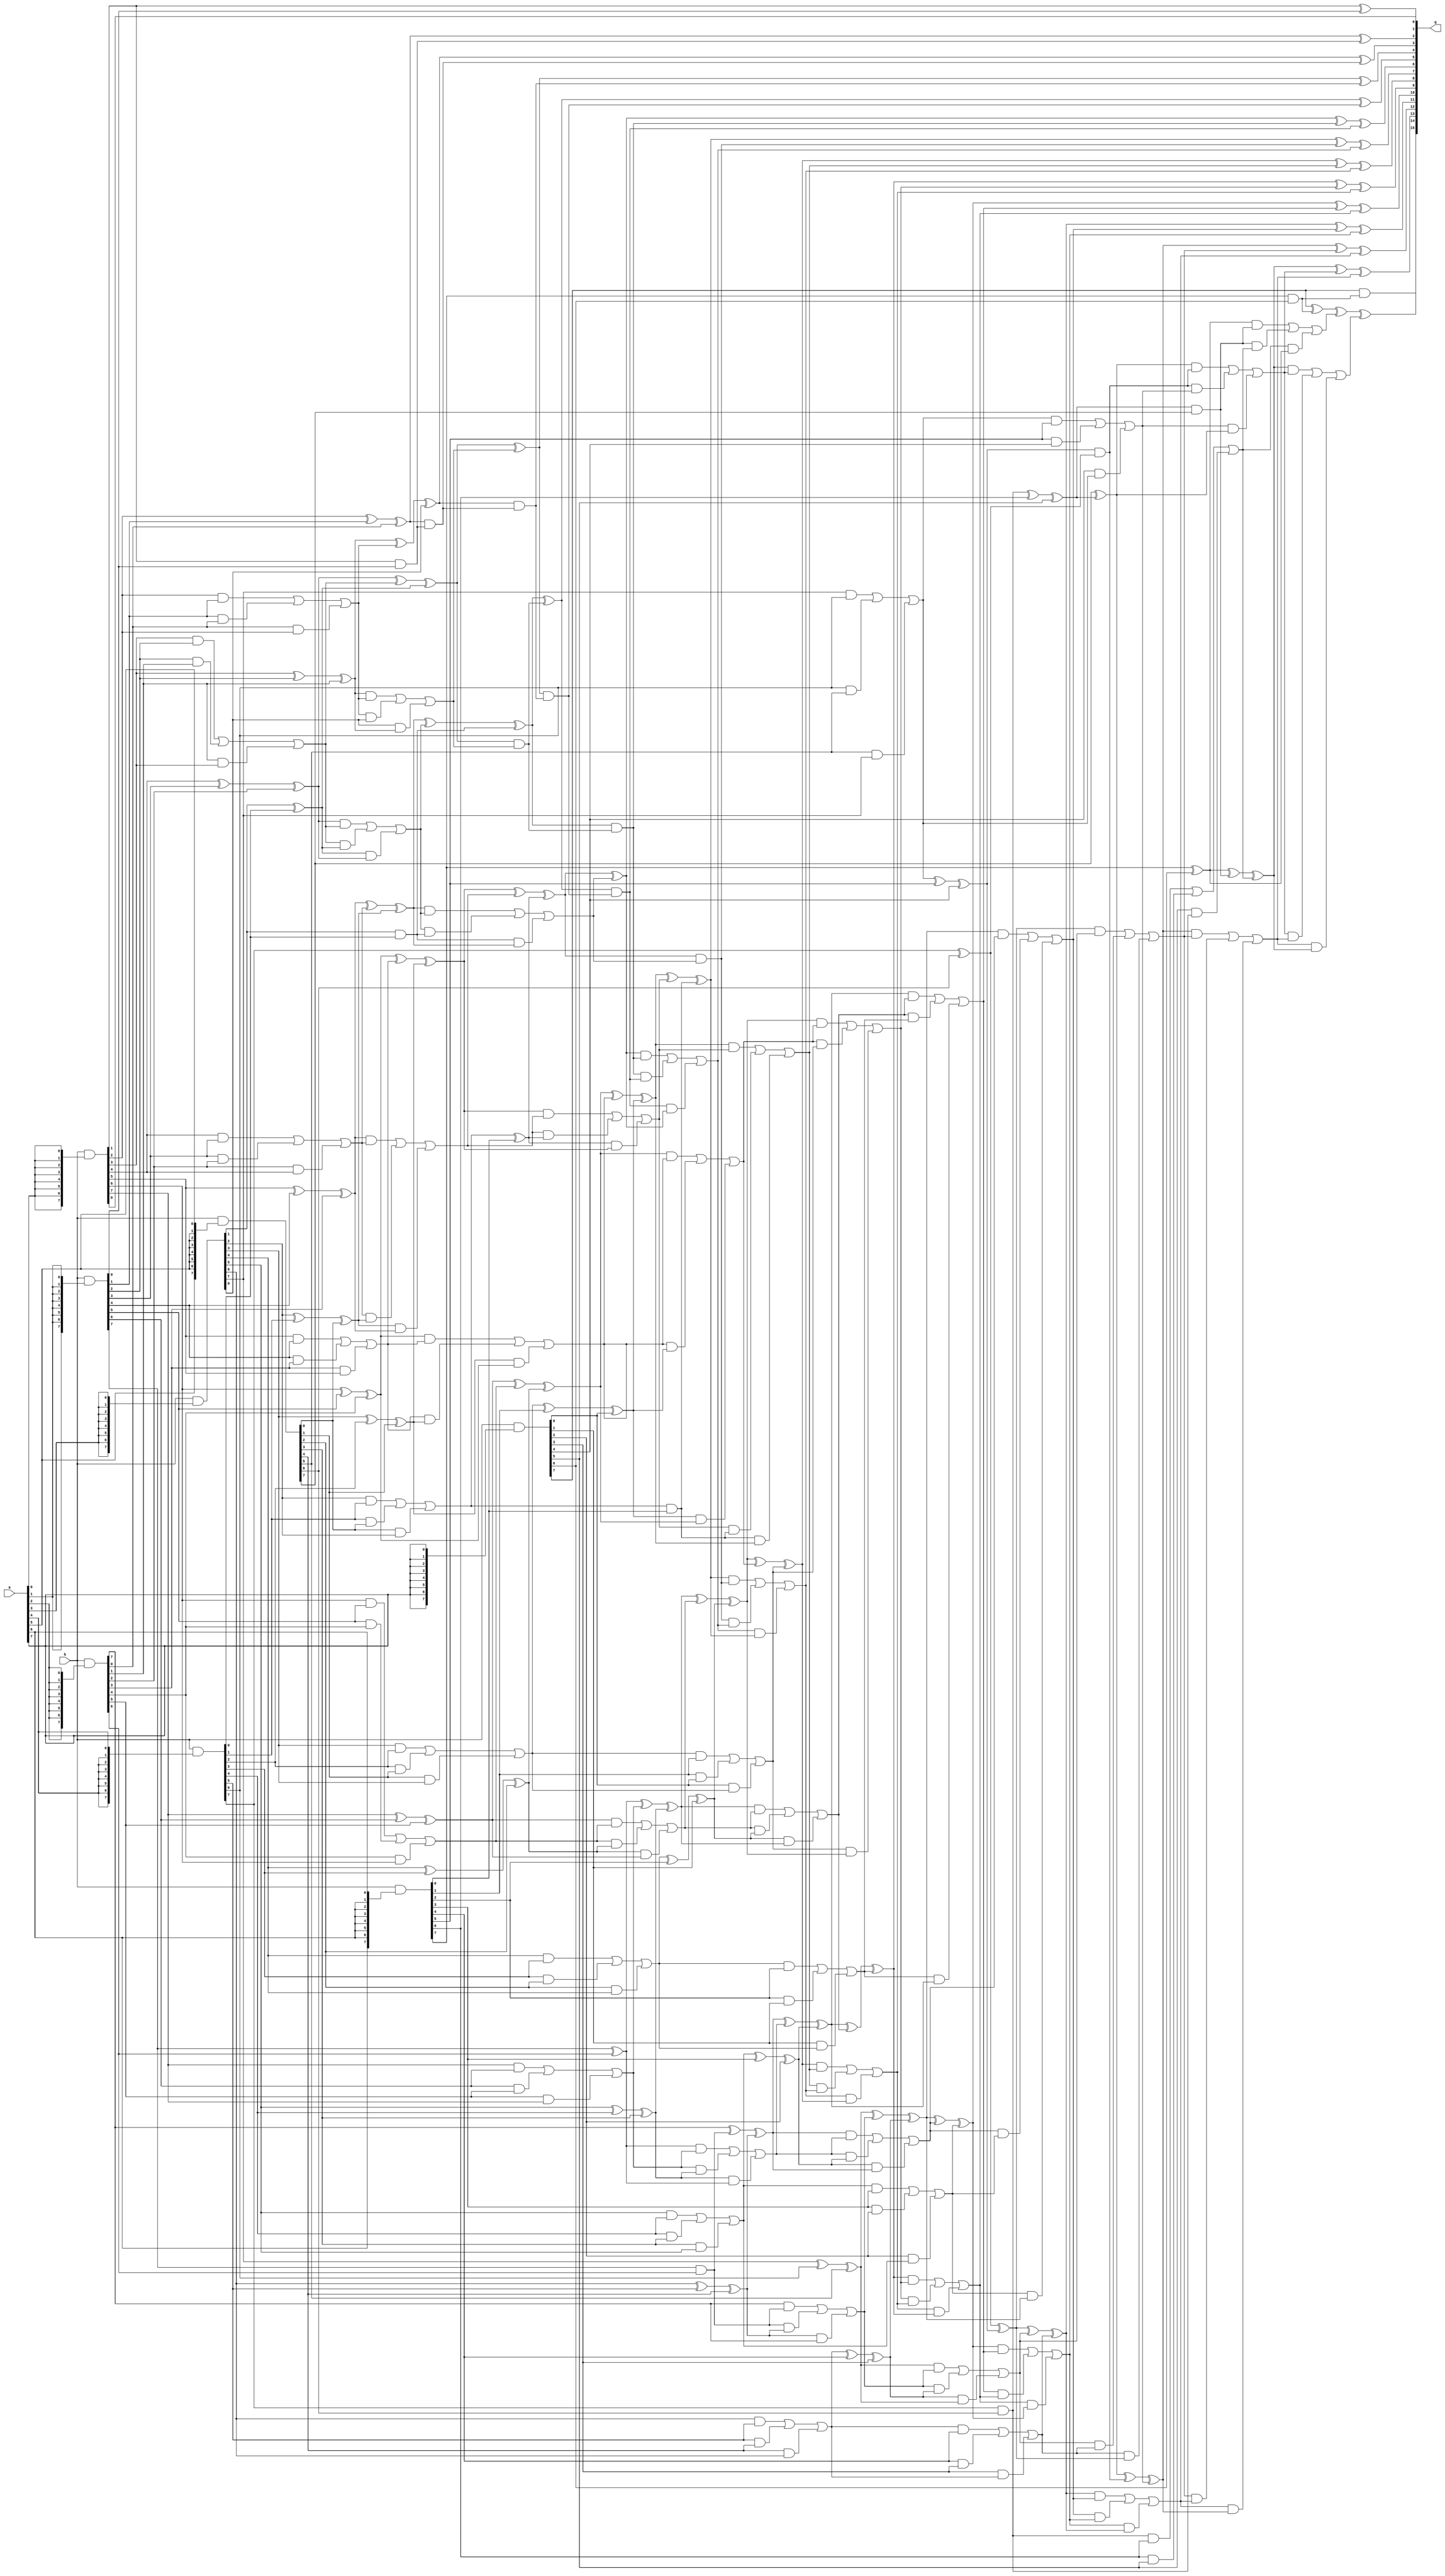
module wallace(a, b, q);

input [8:1] a, b;					//input and output
wire [15:1] p1, p2, p3, p4, p5, p6, p7, p8;						//intermediate wires-partial products
wire [15:1] s1, s2, s3, s4, s5, s6, c1, c2, c3, c4, c5;				//s-sum, c-carry
wire [16:1] c6;
wire car, car1, car2, car3, car4, car5, car6, car7, car8;
output [16:1] q;
wire carry;

		
assign p1[8:1]=b & {8{a[1]}};		//finding partial products
assign p1[15:9]=7'b0;

assign p2[1]=1'b0;							
assign p2[9:2]=b & {8{a[2]}};
assign p2[15:10]=6'b0;

assign p3[2:1]=2'b0;							
assign p3[10:3]=b & {8{a[3]}};
assign p3[15:11]=5'b0;

assign p4[3:1]=3'b0;			
assign p4[11:4]=b & {8{a[4]}};
assign p4[15:12]=4'b0;
						
assign p5[4:1]=4'b0;
assign p5[12:5]=b & {8{a[5]}};
assign p5[15:13]=3'b0;
					
assign p6[5:1]=5'b0;
assign p6[13:6]=b & {8{a[6]}};
assign p6[15:14]=2'b0;
						
assign p7[6:1]=6'b0;
assign p7[14:7]=b & {8{a[7]}};
assign p7[15]=1'b0;
					
assign p8[7:1]=7'b0;
assign p8[15:8]=b & {8{a[8]}};

/*
always begin
	$display("p1: %b", p1);
	$display("p2: %b", p2);
	$display("p3: %b", p3);
	$display("p4: %b", p4);
	$display("p5: %b", p5);
	$display("p6: %b", p6);
	$display("p7: %b", p7);
	$display("p8: %b", p8);
	end
*/

assign c1[1]=0;
assign c1[2]=0;														//sum1, carry1
	
assign s1[1]=p1[1];
	
assign s1[2]=p1[2]^p2[2];
assign c1[3]=p1[2]&p2[2];

assign s1[3]=(p1[3]^p2[3])^p3[3];
assign c1[4]=(p1[3]&p2[3]) || (p2[3]&p3[3]) || (p3[3]&p1[3]);

assign s1[4]=(p1[4]^p2[4])^p3[4];
assign c1[5]=(p1[4]&p2[4]) || (p2[4]&p3[4]) || (p3[4]&p1[4]);

assign s1[5]=(p1[5]^p2[5])^p3[5];
assign c1[6]=(p1[5]&p2[5]) || (p2[5]&p3[5]) || (p3[5]&p1[5]);

assign s1[6]=(p1[6]^p2[6])^p3[6];
assign c1[7]=(p1[6]&p2[6]) || (p2[6]&p3[6]) || (p3[6]&p1[6]);

assign s1[7]=(p1[7]^p2[7])^p3[7];
assign c1[8]=(p1[7]&p2[7]) || (p2[7]&p3[7]) || (p3[7]&p1[7]);

assign s1[8]=(p1[8]^p2[8])^p3[8];
assign c1[9]=(p1[8]&p2[8]) || (p2[8]&p3[8]) || (p3[8]&p1[8]);

assign s1[9]=(p1[9]^p2[9])^p3[9];
assign c1[10]=(p1[9]&p2[9]) || (p2[9]&p3[9]) || (p3[9]&p1[9]);

assign s1[10]=(p1[10]^p2[10])^p3[10];
assign c1[11]=(p1[10]&p2[10]) || (p2[10]&p3[10]) || (p3[10]&p1[10]);

assign s1[15:11]=5'b0;
assign c1[15:12]=4'b0;


assign s2[1]=0;														//sum2, carry2
assign s2[2]=0;
assign s2[3]=0;
assign c2[1]=0;
assign c2[2]=0;
assign c2[3]=0;
assign c2[4]=0;
assign c2[5]=0;

assign s2[4]=p4[4];

assign s2[5]=p4[5]^p5[5];
assign c2[6]=p4[5]&p5[5];

assign s2[6]=(p4[6]^p5[6])^p6[6];
assign c2[7]=(p4[6]&p5[6]) || (p5[6]&p6[6]) || (p6[6]&p4[6]);

assign s2[7]=(p4[7]^p5[7])^p6[7];
assign c2[8]=(p4[7]&p5[7]) || (p5[7]&p6[7]) || (p6[7]&p4[7]);

assign s2[8]=(p4[8]^p5[8])^p6[8];
assign c2[9]=(p4[8]&p5[8]) || (p5[8]&p6[8]) || (p6[8]&p4[8]);

assign s2[9]=(p4[9]^p5[9])^p6[9];
assign c2[10]=(p4[9]&p5[9]) || (p5[9]&p6[9]) || (p6[9]&p4[9]);

assign s2[10]=(p4[10]^p5[10])^p6[10];
assign c2[11]=(p4[10]&p5[10]) || (p5[10]&p6[10]) || (p6[10]&p4[10]);

assign s2[11]=(p4[11]^p5[11])^p6[11];
assign c2[12]=(p4[11]&p5[11]) || (p5[11]&p6[11]) || (p6[11]&p4[11]);

assign s2[12]=(p4[12]^p5[12])^p6[12];
assign c2[13]=(p4[12]&p5[12]) || (p5[12]&p6[12]) || (p6[12]&p4[12]);

assign s2[13]=(p4[13]^p5[13])^p6[13];
assign c2[14]=(p4[13]&p5[13]) || (p5[13]&p6[13]) || (p6[13]&p4[13]);

assign s2[15:14]=2'b0;
assign c2[15]=0;


assign s3[1]=s1[1];														//sum3, carry3
assign s3[2]=s1[2];
assign c3[1]=0;
assign c3[2]=0;
assign c3[3]=0;

assign s3[3]=s1[3]^c1[3];
assign c3[4]=s1[3]&c1[3];

assign s3[4]=(s1[4]^c1[4])^s2[4];
assign c3[5]=(s1[4]&c1[4]) || (c1[4]&s2[4]) || (s2[4]&s1[4]);

assign s3[5]=(s1[5]^c1[5])^s2[5];
assign c3[6]=(s1[5]&c1[5]) || (c1[5]&s2[5]) || (s2[5]&s1[5]);

assign s3[6]=(s1[6]^c1[6])^s2[6];
assign c3[7]=(s1[6]&c1[6]) || (c1[6]&s2[6]) || (s2[6]&s1[6]);

assign s3[7]=(s1[7]^c1[7])^s2[7];
assign c3[8]=(s1[7]&c1[7]) || (c1[7]&s2[7]) || (s2[7]&s1[7]);

assign s3[8]=(s1[8]^c1[8])^s2[8];
assign c3[9]=(s1[8]&c1[8]) || (c1[8]&s2[8]) || (s2[8]&s1[8]);

assign s3[9]=(s1[9]^c1[9])^s2[9];
assign c3[10]=(s1[9]&c1[9]) || (c1[9]&s2[9]) || (s2[9]&s1[9]);

assign s3[10]=(s1[10]^c1[10])^s2[10];
assign c3[11]=(s1[10]&c1[10]) || (c1[10]&s2[10]) || (s2[10]&s1[10]);

assign s3[11]=(s1[11]^c1[11])^s2[11];
assign c3[12]=(s1[11]&c1[11]) || (c1[11]&s2[11]) || (s2[11]&s1[11]);

assign s3[12]=(s1[12]^c1[12])^s2[12];
assign c3[13]=(s1[12]&c1[12]) || (c1[12]&s2[12]) || (s2[12]&s1[12]);

assign s3[13]=(s1[13]^c1[13])^s2[13];
assign c3[14]=(s1[13]&c1[13]) || (c1[13]&s2[13]) || (s2[13]&s1[13]);

assign s3[15:14]=2'b0;
assign c3[15]=0;


assign s4[1]=0;														//sum4, carry4
assign s4[2]=0;
assign s4[3]=0;
assign s4[4]=0;
assign s4[5]=0;
assign c4[1]=0;
assign c4[2]=0;
assign c4[3]=0;
assign c4[4]=0;
assign c4[5]=0;
assign c4[6]=0;
assign c4[7]=0;

assign s4[6]=c2[6];
assign s4[7]=c2[7]^p7[7];
assign c4[8]=c2[7]&p7[7];

assign s4[8]=c2[8]^p7[8]^p8[8];
assign c4[9]=(c2[8]&p7[8]) || (p7[8]&p8[8]) || (p8[8]&c2[8]);

assign s4[9]=(c2[9]^p7[9])^p8[9];
assign c4[10]=(c2[9]&p7[9]) || (p7[9]&p8[9]) || (p8[9]&c2[9]);

assign s4[10]=(c2[10]^p7[10])^p8[10];
assign c4[11]=(c2[10]&p7[10]) || (p7[10]&p8[10]) || (p8[10]&c2[10]);

assign s4[11]=(c2[11]^p7[11])^p8[11];
assign c4[12]=(c2[11]&p7[11]) || (p7[11]&p8[11]) || (p8[11]&c2[11]);

assign s4[12]=(c2[12]^p7[12])^p8[12];
assign c4[13]=(c2[12]&p7[12]) || (p7[12]&p8[12]) || (p8[12]&c2[12]);

assign s4[13]=(c2[13]^p7[13])^p8[13];
assign c4[14]=(c2[13]&p7[13]) || (p7[13]&p8[13]) || (p8[13]&c2[13]);

assign s4[14]=(c2[14]^p7[14])^p8[14];
assign c4[15]=(c2[14]&p7[14]) || (p7[14]&p8[14]) || (p8[14]&c2[14]);

assign s4[15]=(c2[15]^p7[15])^p8[15];


assign c5[1]=0;											//sum5, carry5
assign c5[2]=0;
assign c5[3]=0;
assign c5[4]=0;												
	
assign s5[1]=s3[1];
assign s5[2]=s3[2];
assign s5[3]=s3[3];
	
assign s5[4]=s3[4]^c3[4];
assign c5[5]=s3[4]&c3[4];

assign s5[5]=(s3[5]^c3[5])^s4[5];
assign c5[6]=(s3[5]&c3[5]) || (c3[5]&s4[5]) || (s4[5]&s3[5]);

assign s5[5]=(s3[5]^c3[5])^s4[5];
assign c5[6]=(s3[5]&c3[5]) || (c3[5]&s4[5]) || (s4[5]&s3[5]);

assign s5[6]=(s3[6]^c3[6])^s4[6];
assign c5[7]=(s3[6]&c3[6]) || (c3[6]&s4[6]) || (s4[6]&s3[6]);

assign s5[7]=(s3[7]^c3[7])^s4[7];
assign c5[8]=(s3[7]&c3[7]) || (c3[7]&s4[7]) || (s4[7]&s3[7]);

assign s5[8]=(s3[8]^c3[8])^s4[8];
assign c5[9]=(s3[8]&c3[8]) || (c3[8]&s4[8]) || (s4[8]&s3[8]);

assign s5[9]=(s3[9]^c3[9])^s4[9];
assign c5[10]=(s3[9]&c3[9]) || (c3[9]&s4[9]) || (s4[9]&s3[9]);

assign s5[10]=(s3[10]^c3[10])^s4[10];
assign c5[11]=(s3[10]&c3[10]) || (c3[10]&s4[10]) || (s4[10]&s3[10]);

assign s5[11]=(s3[11]^c3[11])^s4[11];
assign c5[12]=(s3[11]&c3[11]) || (c3[11]&s4[11]) || (s4[11]&s3[11]);

assign s5[12]=(s3[12]^c3[12])^s4[12];
assign c5[13]=(s3[12]&c3[12]) || (c3[12]&s4[12]) || (s4[12]&s3[12]);

assign s5[13]=(s3[13]^c3[13])^s4[13];
assign c5[14]=(s3[13]&c3[13]) || (c3[13]&s4[13]) || (s4[13]&s3[13]);

assign s5[14]=(s3[14]^c3[14])^s4[14];
assign c5[15]=(s3[14]&c3[14]) || (c3[14]&s4[14]) || (s4[14]&s3[14]);

assign s5[15]=s4[15];


assign c6[1]=0;											//sum6, carry6
assign c6[2]=0;
assign c6[3]=0;
assign c6[4]=0;	
assign c6[5]=0;												
	
assign s6[1]=s5[1];
assign s6[2]=s5[2];
assign s6[3]=s5[3];
assign s6[4]=s5[4];
	
assign s6[5]=s5[5]^c5[5];
assign c6[6]=s5[5]&c5[5];

assign s6[6]=(s5[6]^c5[6])^c4[6];
assign c6[7]=(s5[6]&c5[6]) || (c5[6]&c4[6]) || (c4[6]&s5[6]);

assign s6[7]=(s5[7]^c5[7])^c4[7];
assign c6[8]=(s5[7]&c5[7]) || (c5[7]&c4[7]) || (c4[7]&s5[7]);

assign s6[8]=(s5[8]^c5[8])^c4[8];
assign c6[9]=(s5[8]&c5[8]) || (c5[8]&c4[8]) || (c4[8]&s5[8]);

assign s6[9]=(s5[9]^c5[9])^c4[9];
assign c6[10]=(s5[9]&c5[9]) || (c5[9]&c4[9]) || (c4[9]&s5[9]);

assign s6[10]=(s5[10]^c5[10])^c4[10];
assign c6[11]=(s5[10]&c5[10]) || (c5[10]&c4[10]) || (c4[10]&s5[10]);

assign s6[11]=(s5[11]^c5[11])^c4[11];
assign c6[12]=(s5[11]&c5[11]) || (c5[11]&c4[11]) || (c4[11]&s5[11]);

assign s6[12]=(s5[12]^c5[12])^c4[12];
assign c6[13]=(s5[12]&c5[12]) || (c5[12]&c4[12]) || (c4[12]&s5[12]);

assign s6[13]=(s5[13]^c5[13])^c4[13];
assign c6[14]=(s5[13]&c5[13]) || (c5[13]&c4[13]) || (c4[13]&s5[13]);

assign s6[14]=(s5[14]^c5[14])^c4[14];
assign c6[15]=(s5[14]&c5[14]) || (c5[14]&c4[14]) || (c4[14]&s5[14]);

assign s6[15]=s5[15]^c4[15];
assign c6[16]=s5[15]&c4[15];


assign q[1]=s6[1];											//sum6, carry6
assign q[2]=s6[2];
assign q[3]=s6[3];
assign q[4]=s6[4];												
assign q[5]=s6[5];	
	
assign q[6]=s6[6]^c6[6];
assign car=s6[6]&c6[6];

assign q[7]=s6[7]^c6[7]^car;
assign car1=(s6[7]&c6[7]) || (c6[7]&car) || (car&s6[7]);

assign q[8]=s6[8]^c6[8]^car1;
assign car2=(s6[8]&c6[8]) || (c6[8]&car1) || (car1&s6[8]);

assign q[9]=s6[9]^c6[9]^car2;
assign car3=(s6[9]&c6[9]) || (c6[9]&car2) || (car2&s6[9]);

assign q[10]=s6[10]^c6[10]^car3;
assign car4=(s6[10]&c6[10]) || (c6[10]&car3) || (car3&s6[10]);

assign q[11]=s6[11]^c6[11]^car4;
assign car5=(s6[11]&c6[11]) || (c6[11]&car4) || (car4&s6[11]);

assign q[12]=s6[12]^c6[12]^car5;
assign car6=(s6[12]&c6[12]) || (c6[12]&car5) || (car5&s6[12]);

assign q[13]=s6[13]^c6[13]^car6;
assign car7=(s6[13]&c6[13]) || (c6[13]&car6) || (car6&s6[13]);

assign q[14]=s6[14]^c6[14]^car7;
assign car8=(s6[14]&c6[14]) || (c6[14]&car7) || (car7&s6[14]);

assign q[15]=s6[15]^c6[15]^car8;
assign q[16]=c6[16];


endmodule